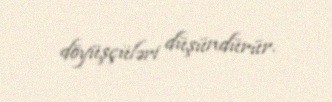
döyüşçüləri düşündürür.